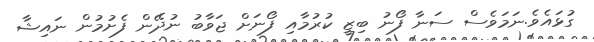
ގުޅައެވެ.ނަމަވެސް ސަނާ ފޯނު ބިޒީ ކުރުމާއި ފޯނަށް ޖަވާބު ނުދޭން ފެށުމުން ނައިޝާ